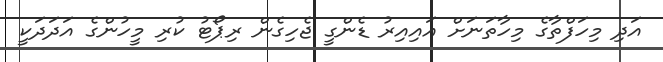
އަދި މިހަފްތާގެ މިހާތަނަށް އައިއިރު ޑެންގީ ޖެހިގެން ރިޕޯޓު ކުރި މީހުންގެ އަދަދަކީ